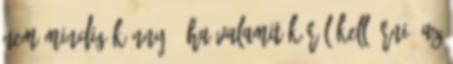
nem mindig könnyű, ha valamit körül kell írni, az